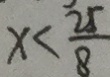
x < \frac { 2 5 } { 8 }